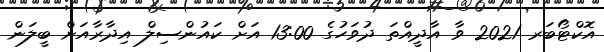
އޮކްޓޯބަރ 2021 ވާ އާދީއްތަ ދުވަހުގެ 13:00 އަށް ކައުންސިލް އިދާރާއަށް ބީލަން